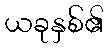
ယခုနှစ်၏